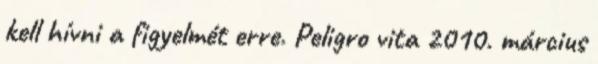
kell hívni a figyelmét erre. Peligro vita 2010. március